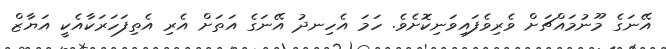
އޭނަގެ މޫނުމައްޗަށް ވެރިވެފައިވަނިކޮށެވެ. ހަމަ އެހިނދު އޭނަގެ އަތަށް އެރި އެތިފަހަރަކާއެކީ އަޔާޒް